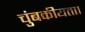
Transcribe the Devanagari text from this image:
चुंबकीयता।